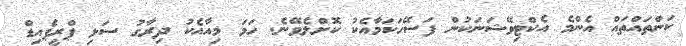
ކަންތައްތައް އެންމެ އެކްޓިވޭޝަނަކުން ފަސޭހަކަމާއެކު ކޮށްލެވޭނެ. ހަމަ މިއާއެކު ދިރާގު ސަޅި ޕްރީޕެއިޑް